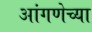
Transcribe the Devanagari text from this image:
आंगणेच्या